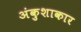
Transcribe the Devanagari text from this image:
अंकुशाकार